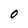
Character: 0